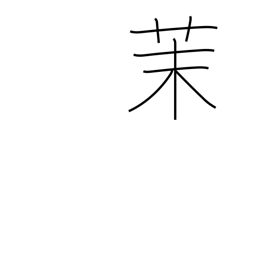
Meaning: jasmine